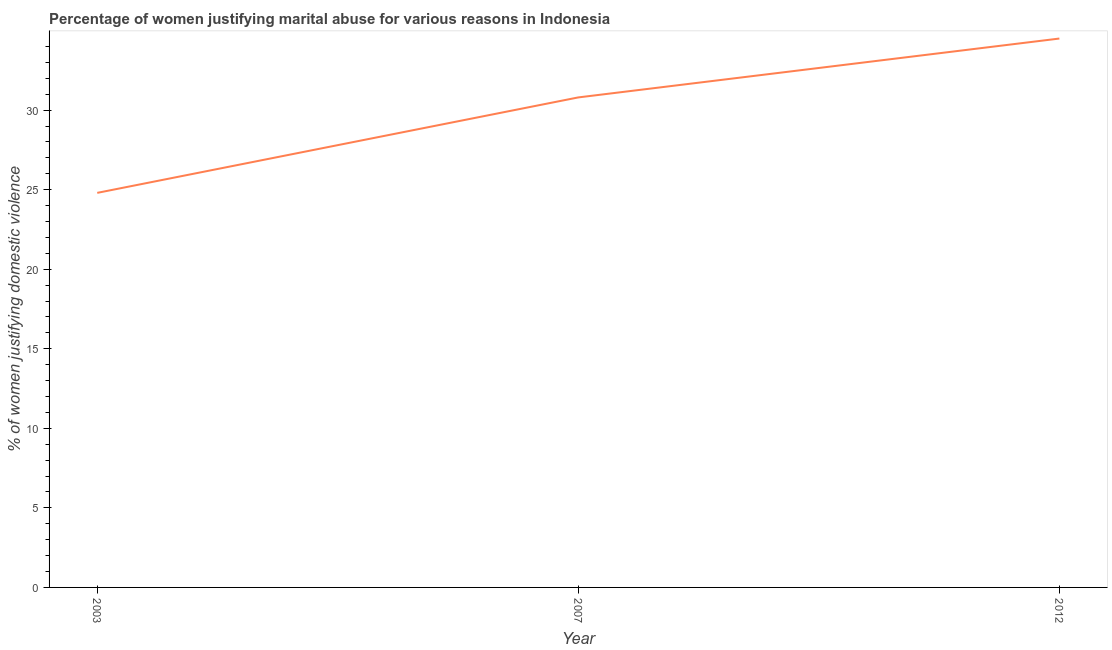
| Year | Physical abuse |
 | --- | --- |
 | 2003 | 24.8 |
 | 2007 | 30.8 |
 | 2012 | 34.5 |